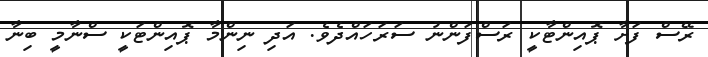
ރޭސް ފަށާ ޕޮއިންޓާކީ ރަސްފަންނު ސަރަހައްދެވެ. އަދި ނިންމާ ޕޮއިންޓަކީ ސްނާމީ ބިނާ